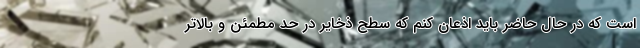
است که در حال حاضر باید اذعان کنم که سطح ذخایر در حد مطمئن و بالاتر